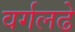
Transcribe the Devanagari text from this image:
वर्गलढे